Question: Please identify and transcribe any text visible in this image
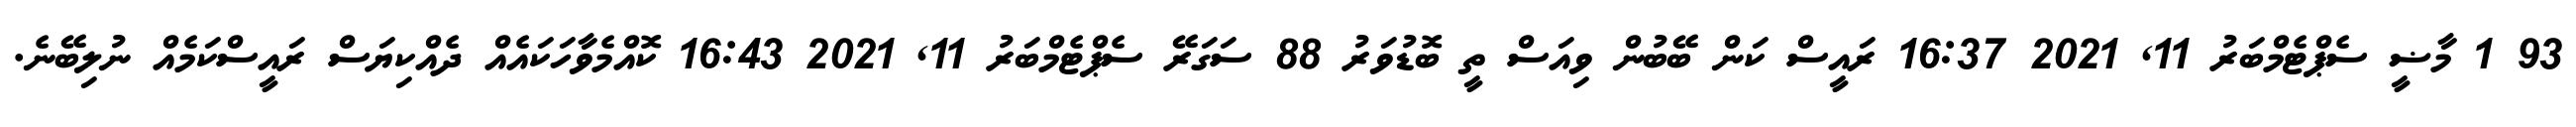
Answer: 93 1 މާޟީ ސެޕްޓެމްބަރު 11, 2021 16:37 ރައީސް ކަން ބޭބުން ވިއަސް ތީ ބޮޑުވަރު 88 ސަގަރޭ ސެޕްޓެމްބަރު 11, 2021 16:43 ކޮއްމެވާހަކައެއް ދެއްކިޔަސް ރައީސްކަމެއް ނުލިބޭނެ.